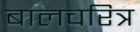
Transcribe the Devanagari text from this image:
बालचरित्र